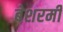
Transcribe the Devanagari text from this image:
बेशरमी